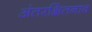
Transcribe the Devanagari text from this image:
अंतरक्षितनाव